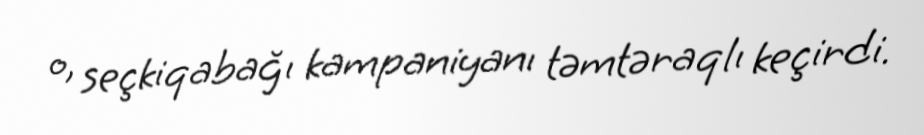
o, seçkiqabağı kampaniyanı təmtəraqlı keçirdi.